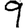
Digit: 9